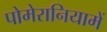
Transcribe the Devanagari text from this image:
पोमेरानियामें